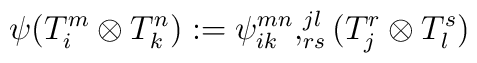
\psi    (T_{i}     ^{m}     \otimes     T_{k}     ^{n})    :=\psi_{ik}^{mn},_{rs}^{jl}(T_j^r \otimes T_l^s)